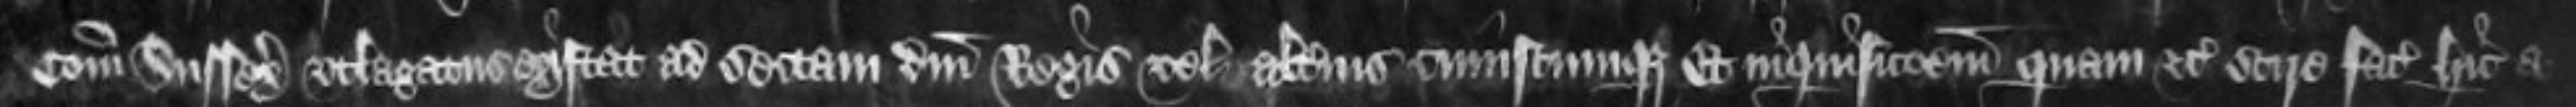
Comitatu Sussex utlagatus existat ad sectam domini Regis vel alterius cuiuscumque Et inquisitionem quam etc scire facias hic a